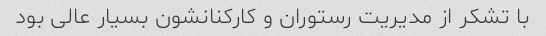
با تشکر از مدیریت رستوران و کارکنانشون بسیار عالی بود